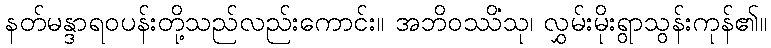
နတ်မန္ဒာရဝပန်းတို့သည်လည်းကောင်း။ အဘိဝဿိံသု၊ လွှမ်းမိုးရွာသွန်းကုန်၏။